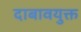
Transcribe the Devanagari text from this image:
दाबावयुक्त